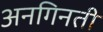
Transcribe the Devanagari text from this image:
अनगिनती